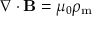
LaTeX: \nabla \cdot \mathbf { B } = \mu _ { 0 } \rho _ { \mathrm { m } }